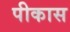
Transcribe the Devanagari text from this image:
पीकास